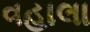
વહાલા